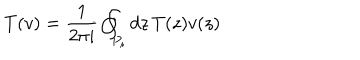
T ( v ) = \frac { 1 } { 2 \pi i } \oint _ { P _ { i } } d z \, T ( z ) v ( z )